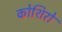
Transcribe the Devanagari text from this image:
कोशिरो